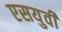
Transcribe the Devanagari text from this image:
एसयुवी